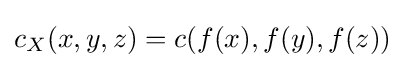
c_{X}(x,y,z)=c(f(x),f(y),f(z))